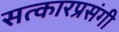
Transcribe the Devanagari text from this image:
सत्कारप्रसंगी